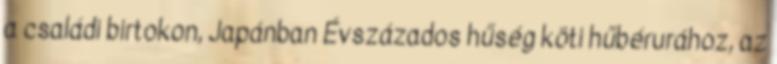
a családi birtokon, Japánban Évszázados hűség köti hűbérurához, az